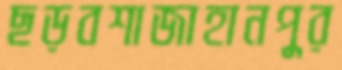
ছড়বশাজাহানপুর